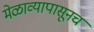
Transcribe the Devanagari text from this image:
मेळाव्यापासूनच